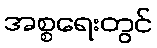
အစ္စရေးတွင်